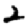
Digit: 2